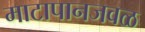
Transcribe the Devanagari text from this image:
माटापानजवळ